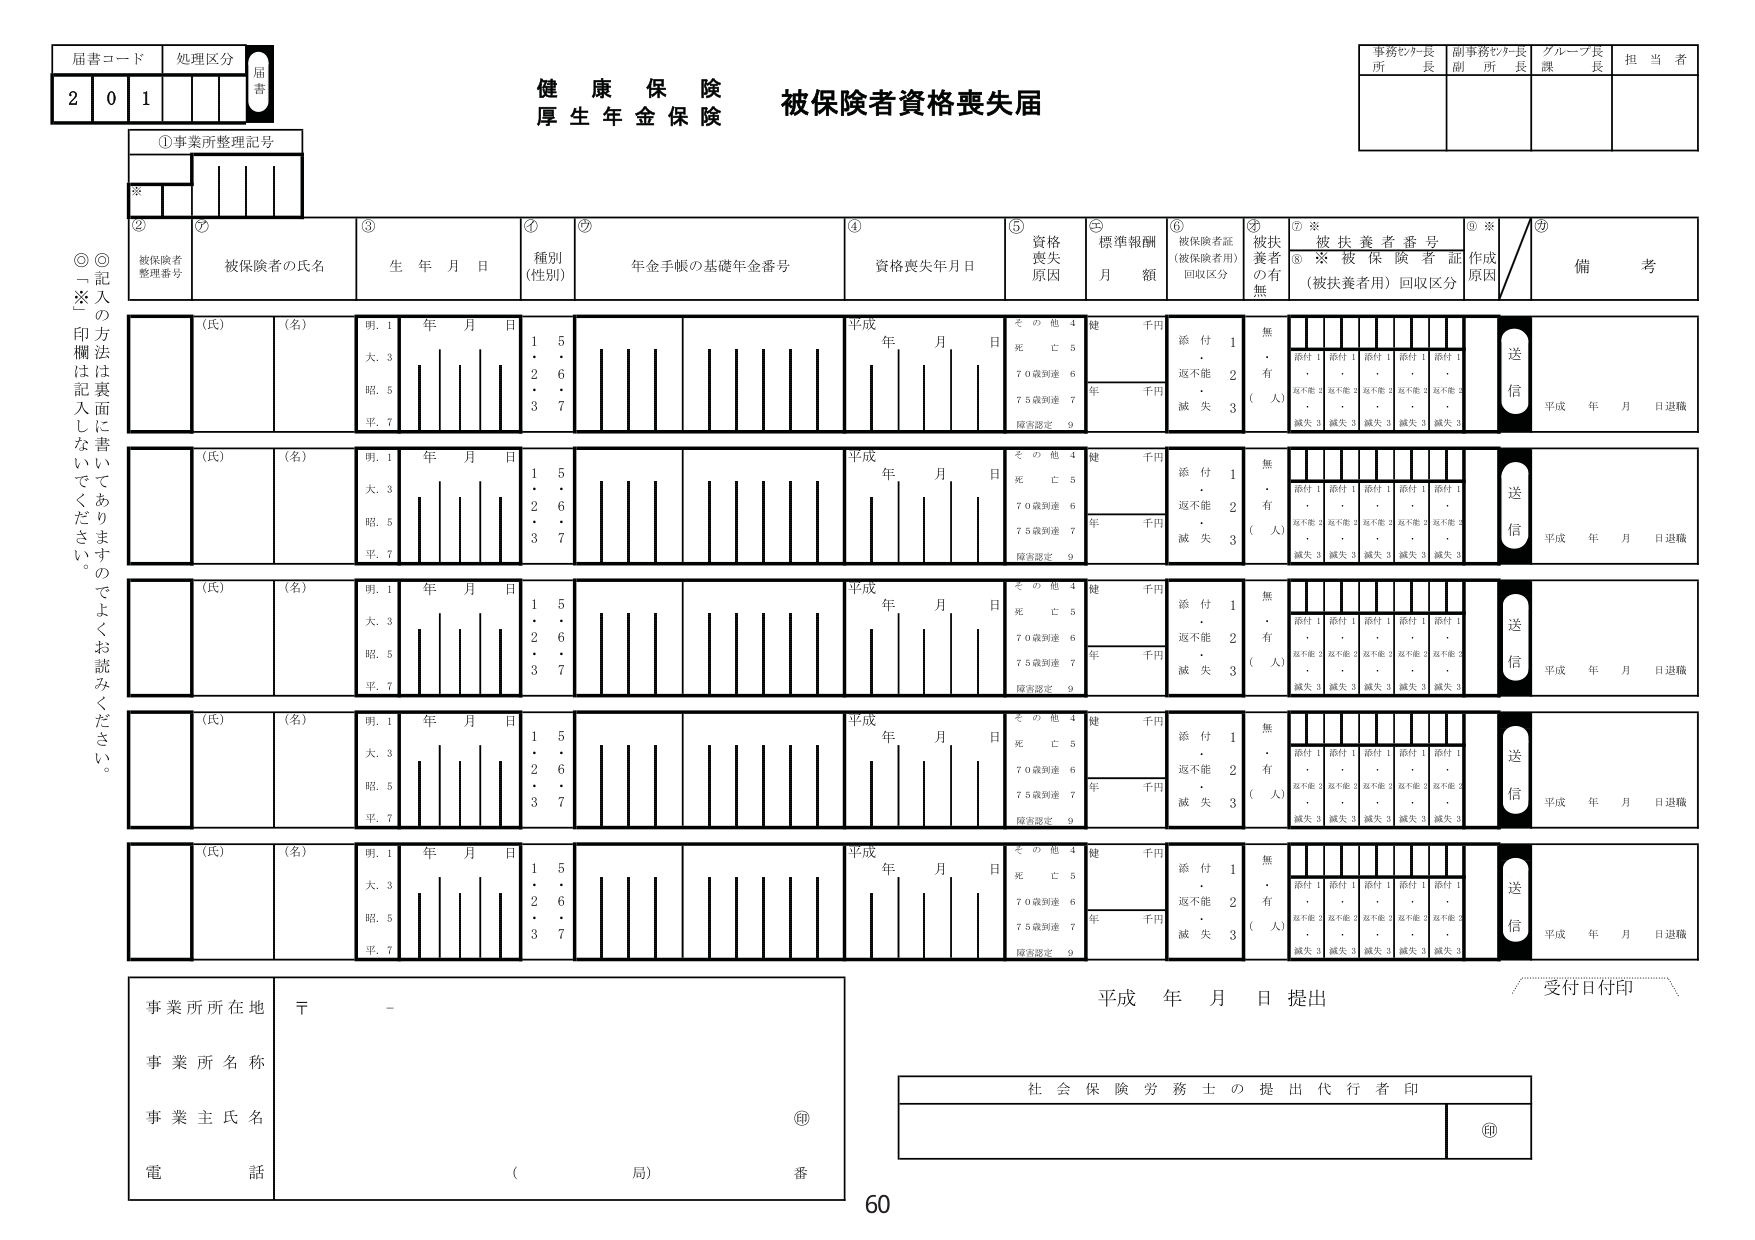
居害コード
処理区分
居害
2 0 1
①事業所整理記号
※
②
③
④
⑤
⑥
⑦※
⑧
⑨※
⑩
被保険者
整理番号
被保険者の氏名
生 年 月 日
種別
(性別)
年金手帳の基礎年金番号
資格喪失年月日
資格
喪失
原因
標準報酬
月 額
被保険者証
(被保険者用)
回収区分
被扶養者
の有無
被扶養者番号
※ 被 保 険 者 証
(被扶養者用) 回収区分
作成
原因
備 考
(氏)
(名)
明. 1
大. 3
昭. 5
平. 7
年 月 日
1 5
2 6
3 7
平成 年 月 日
そ の 他 4
死 亡 5
70歳到達 6
75歳到達 7
障害認定 9
健 千円
添 付 1
返不能 2
滅 失 3
無
( 人)
添付 1 添付 1 添付 1 添付 1 添付 1
返不能 2 返不能 2 返不能 2 返不能 2 返不能 2
滅失 3 滅失 3 滅失 3 滅失 3 滅失 3
送信
平成 年 月 日退職
(氏)
(名)
明. 1
大. 3
昭. 5
平. 7
年 月 日
1 5
2 6
3 7
平成 年 月 日
そ の 他 4
死 亡 5
70歳到達 6
75歳到達 7
障害認定 9
健 千円
添 付 1
返不能 2
滅 失 3
無
( 人)
添付 1 添付 1 添付 1 添付 1 添付 1
返不能 2 返不能 2 返不能 2 返不能 2 返不能 2
滅失 3 滅失 3 滅失 3 滅失 3 滅失 3
送信
平成 年 月 日退職
(氏)
(名)
明. 1
大. 3
昭. 5
平. 7
年 月 日
1 5
2 6
3 7
平成 年 月 日
そ の 他 4
死 亡 5
70歳到達 6
75歳到達 7
障害認定 9
健 千円
添 付 1
返不能 2
滅 失 3
無
( 人)
添付 1 添付 1 添付 1 添付 1 添付 1
返不能 2 返不能 2 返不能 2 返不能 2 返不能 2
滅失 3 滅失 3 滅失 3 滅失 3 滅失 3
送信
平成 年 月 日退職
(氏)
(名)
明. 1
大. 3
昭. 5
平. 7
年 月 日
1 5
2 6
3 7
平成 年 月 日
そ の 他 4
死 亡 5
70歳到達 6
75歳到達 7
障害認定 9
健 千円
添 付 1
返不能 2
滅 失 3
無
( 人)
添付 1 添付 1 添付 1 添付 1 添付 1
返不能 2 返不能 2 返不能 2 返不能 2 返不能 2
滅失 3 滅失 3 滅失 3 滅失 3 滅失 3
送信
平成 年 月 日退職
(氏)
(名)
明. 1
大. 3
昭. 5
平. 7
年 月 日
1 5
2 6
3 7
平成 年 月 日
そ の 他 4
死 亡 5
70歳到達 6
75歳到達 7
障害認定 9
健 千円
添 付 1
返不能 2
滅 失 3
無
( 人)
添付 1 添付 1 添付 1 添付 1 添付 1
返不能 2 返不能 2 返不能 2 返不能 2 返不能 2
滅失 3 滅失 3 滅失 3 滅失 3 滅失 3
送信
平成 年 月 日退職
事業所所在地
〒 -
事業所名称
事業主氏名
電話
( 局) 番
健 康 保 険
厚 生 年 金 保 険
被保険者資格喪失届
事務センター長
所 長
副事務センター長
副 所 長
グループ長
課 長
担 当 者
平成 年 月 日 提出
受付日付印
社会保険労務士の提出代行者印
②③④⑤⑥⑦⑧⑨⑩
記入の方法は裏面に書いてありますのでよくお読みください。
印欄は記入しないでください。
60